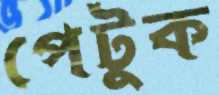
পেটুক